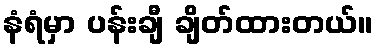
နံရံမှာ ပန်းချီ ချိတ်ထားတယ်။